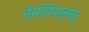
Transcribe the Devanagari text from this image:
मेमोरियलस्